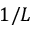
1 / L